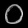
Digit: ၀